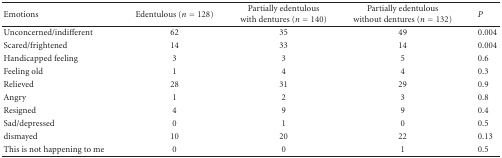
| Emotions | Edentulous (n = 128) | Partially edentulous with dentures (n = 140) | Partially edentulous without dentures (n = 132) | P |
 | --- | --- | --- | --- | --- |
 | Unconcerned/indifferent | 62 | 35 | 49 | 0.004 |
 | Scared/frightened | 14 | 33 | 14 | 0.004 |
 | Handicapped feeling | 3 | 3 | 5 | 0.6 |
 | Feeling old | 1 | 4 | 4 | 0.3 |
 | Relieved | 28 | 31 | 29 | 0.9 |
 | Angry | 1 | 2 | 3 | 0.8 |
 | Resigned | 4 | 9 | 9 | 0.4 |
 | Sad/depressed | 0 | 1 | 0 | 0.5 |
 | dismayed | 10 | 20 | 22 | 0.13 |
 | This is not happening to me | 0 | 0 | 1 | 0.5 |